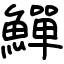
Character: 鱓